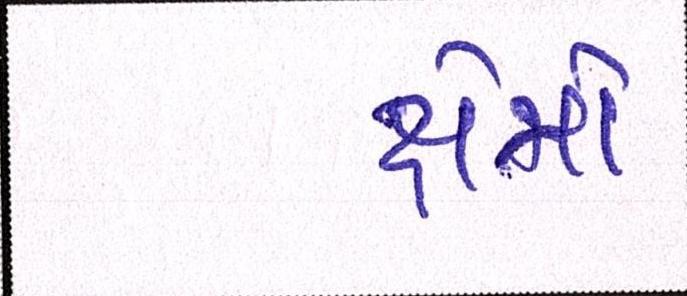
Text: ક્ષેત્રો